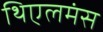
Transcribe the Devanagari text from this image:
थिएलमंस